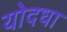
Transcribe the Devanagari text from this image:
योदधा